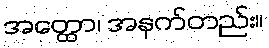
အတ္ထော၊ အနက်တည်း။